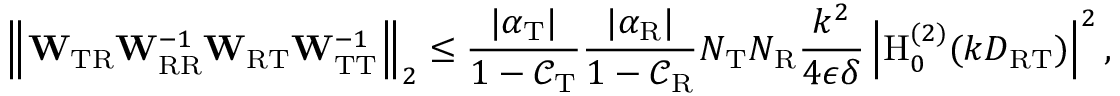
\left\Vert \mathbf { W } _ { \mathrm { T R } } \mathbf { W } _ { \mathrm { R R } } ^ { - 1 } \mathbf { W } _ { \mathrm { R T } } \mathbf { W } _ { \mathrm { T T } } ^ { - 1 } \right\Vert _ { 2 } \leq \frac { | \alpha _ { \mathrm { T } } | } { 1 - \mathcal { C } _ { \mathrm { T } } } \frac { | \alpha _ { \mathrm { R } } | } { 1 - \mathcal { C } _ { \mathrm { R } } } N _ { \mathrm { T } } N _ { \mathrm { R } } \frac { k ^ { 2 } } { 4 \epsilon \delta } \left| \mathrm { H } _ { 0 } ^ { ( 2 ) } ( k D _ { \mathrm { R T } } ) \right| ^ { 2 } ,